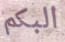
البكم